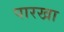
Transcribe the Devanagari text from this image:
पारखा